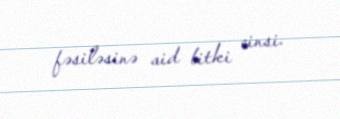
fəsiləsinə aid bitki cinsi.